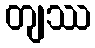
တျဿ